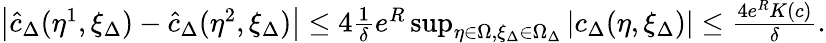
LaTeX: \begin{array}{r}{\left\lvert\hat{c}_{\Delta}(\eta^{1},\xi_{\Delta})-\hat{c}_{\Delta}(\eta^{2},\xi_{\Delta})\right\rvert\leq 4\frac{1}{\delta}e^{R}\operatorname*{sup}_{\eta\in\Omega,\xi_{\Delta}\in\Omega_{\Delta}}\left\lvert c_{\Delta}(\eta,\xi_{\Delta})\right\rvert\leq\frac{4e^{R}K(c)}{\delta}.}\end{array}